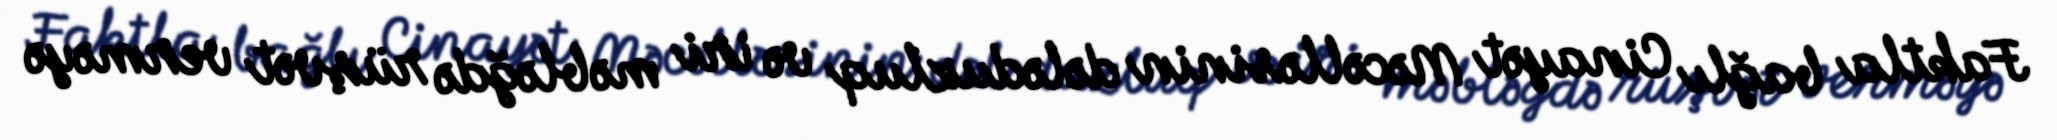
Faktla bağlı Cinayət Məcəlləsinin dələduzluq və iri məbləğdə rüşvət verməyə